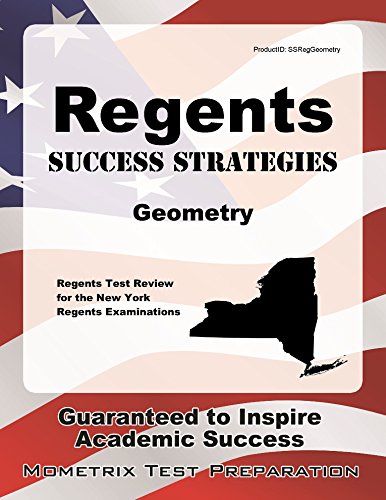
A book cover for Regents Success Strategies Geometry Study Guide: Regents Test Review for the New York Regents Examinations; Regents Exam Secrets Test Prep Team; Test Preparation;